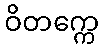
ဝိတက္ကေ